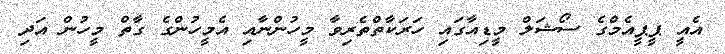
އެއީ ޕީޕީއެމްގެ ސޯޝަލް މީޑިއާގައި ހަރަކާތްތެރިވާ މީހުންނާއި އެމީހުންގެ ގާތް މީހުން އަދި